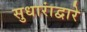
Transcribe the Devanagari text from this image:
सुधारांद्वारे